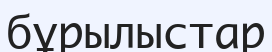
бұрылыстар